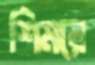
শিমরে